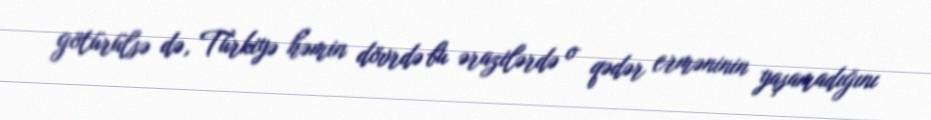
götürülsə də, Türkiyə həmin dövrdə bu ərazilərdə o qədər erməninin yaşamadığını